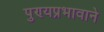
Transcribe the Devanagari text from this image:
पुण्यप्रभावाने